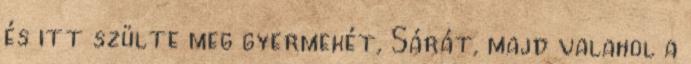
és itt szülte meg gyermekét, Sárát, majd valahol a